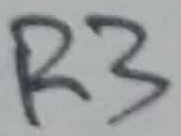
Text: R3